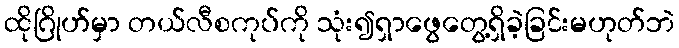
ထိုဂြိုဟ်မှာ တယ်လီစကုပ်ကို သုံး၍ရှာဖွေတွေ့ရှိခဲ့ခြင်းမဟုတ်ဘဲ